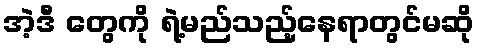
အဲ့ဒီ တွေကို ရဲ့မည်သည့်နေရာတွင်မဆို